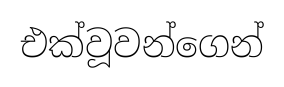
එක්වූවන්ගෙන්